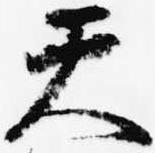
天